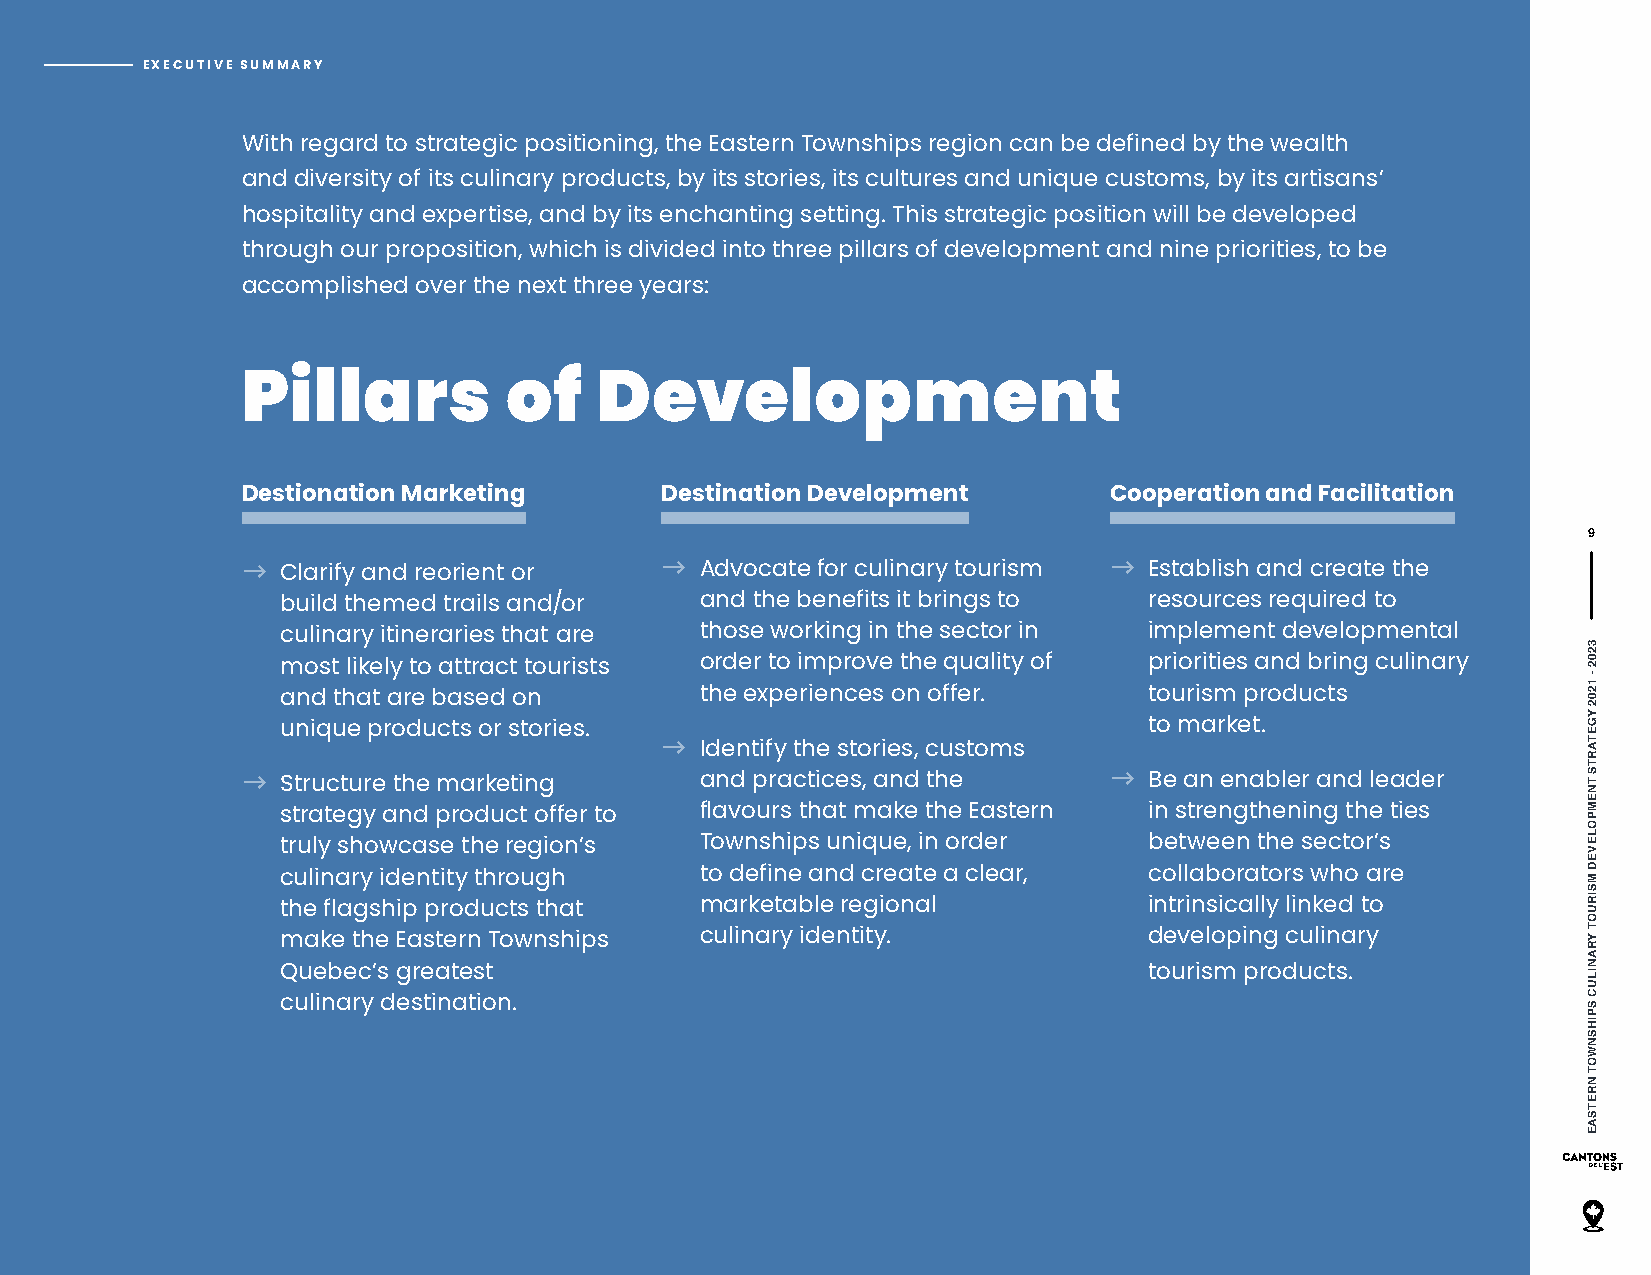
EXECUTIVE SUMMARY
 With regard to strategic positioning, the Eastern Townships region can be defined by the wealth
 and diversity of its culinary products, by its stories, its cultures and unique customs, by its artisans’
 hospitality and expertise, and by its enchanting setting. This strategic position will be developed
 through our proposition, which is divided into three pillars of development and nine priorities, to be
 accomplished over the next three years:
 Pillars          of    Development
 Destionation Marketing      Destination Development      Cooperation and Facilitation
 9
 →                           →                            →
 Clarify and reorient or    Advocate for culinary tourism Establish and create the
 build themed trails and/or and the benefits it brings to resources required to
 culinary itineraries that are those working in the sector in implement developmental
 most likely to attract tourists order to improve the quality of priorities and bring culinary
 and that are based on      the experiences on offer.     tourism products
 unique products or stories.                              to market.
 →
 Identify the stories, customs
 →                                                        →
 Structure the marketing    and practices, and the        Be an enabler and leader
 strategy and product offer to flavours that make the Eastern in strengthening the ties
 truly showcase the region’s Townships unique, in order   between the sector’s
 culinary identity through  to define and create a clear, collaborators who are
 the flagship products that marketable regional           intrinsically linked to
 make the Eastern Townships culinary identity.            developing culinary
 Quebec’s greatest                                        tourism products.
 culinary destination.
 3202
 -
 1202
 YGETARTS
 TNEMPOLEVED
 MSIRUOT
 YRANILUC
 SPIHSNWOT
 NRETSAE